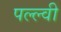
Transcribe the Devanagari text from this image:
पल्ल्वी